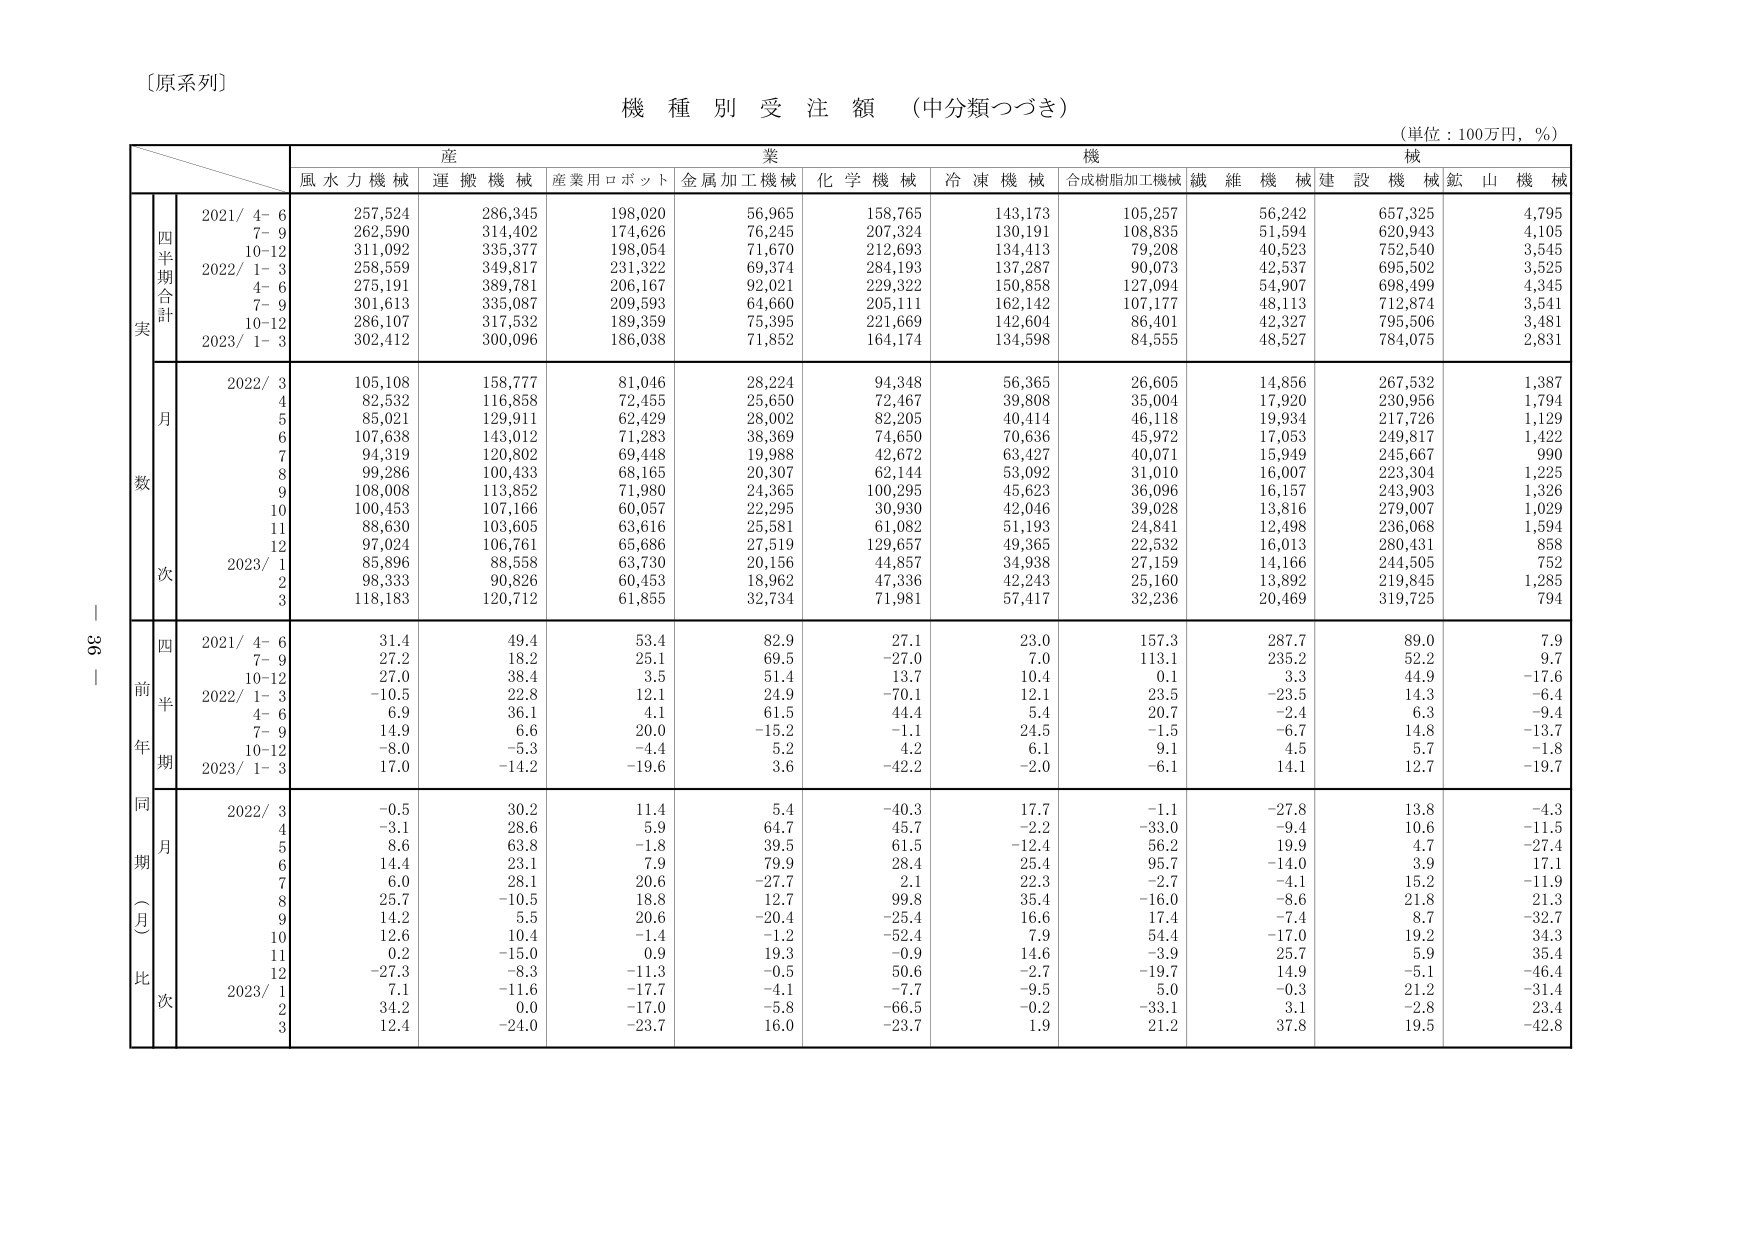
〔原系列〕

機 種 別 受 注 額 （中分類つづき）

（単位：100万円，％）